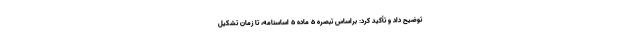
توضیح داد و تأکید کرد: براساس تبصره ۵ ماده ۵ اساسنامه، تا زمان تشکیل